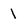
Character: 1